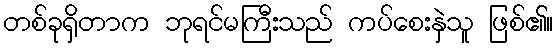
တစ်ခုရှိတာက ဘုရင်မကြီးသည် ကပ်စေးနှဲသူ ဖြစ်၏။